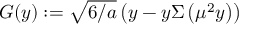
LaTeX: G ( y ) : = \sqrt { 6 / a } \left( y - y \Sigma \left( \mu ^ { 2 } y \right) \right)